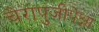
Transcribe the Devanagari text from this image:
चेरापुंजीपेक्षा